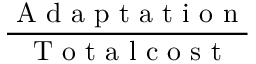
\frac { \mathrm { ~ A ~ d ~ a ~ p ~ t ~ a ~ t ~ i ~ o ~ n ~ } } { \mathrm { ~ T ~ o ~ t ~ a ~ l ~ c ~ o ~ s ~ t ~ } }